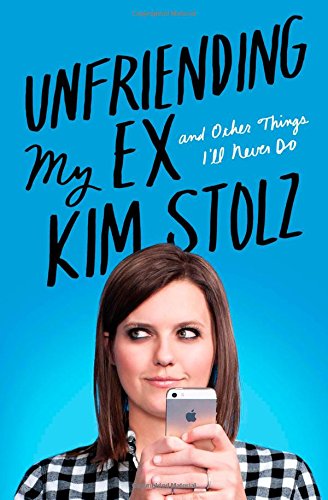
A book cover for Unfriending My Ex: And Other Things I'll Never Do; Kim Stolz; Humor & Entertainment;